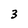
Character: 3